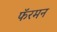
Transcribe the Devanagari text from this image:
फॅरमन